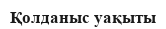
Қолданыс уақыты